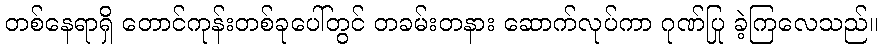
တစ်နေရာရှိ တောင်ကုန်းတစ်ခုပေါ်တွင် တခမ်းတနား ဆောက်လုပ်ကာ ဂုဏ်ပြု ခဲ့ကြလေသည်။